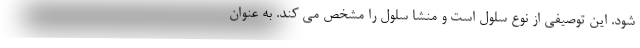
شود. این توصیفی از نوع سلول است و منشا سلول را مشخص می کند. به عنوان